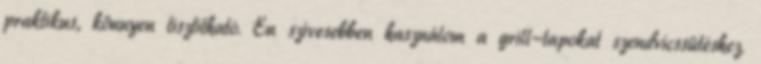
praktikus, könnyen tisztítható. Én szívesebben használom a grill-lapokat szendvicssütéshez.